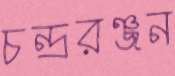
চন্দ্ররঞ্জন